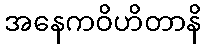
အနေကဝိဟိတာနိ